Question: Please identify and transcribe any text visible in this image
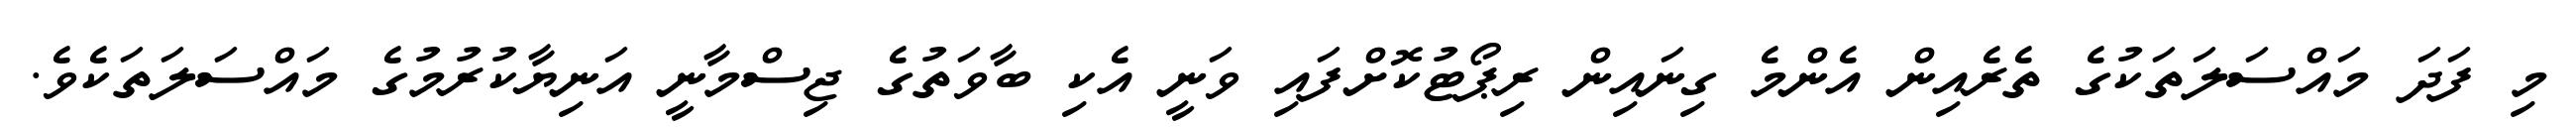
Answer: މި ފަދަ މައްސަލަތަކުގެ ތެރެއިން އެންމެ ގިނައިން ރިޕޯޓުކޮށްފައި ވަނީ އެކި ބާވަތުގެ ޖިސްމާނީ އަނިޔާކުރުމުގެ މައްސަލަތަކެވެ.